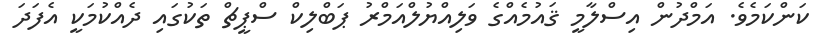
ކަންކަމެވެ. އަމްދުން އިސްލާމީ ޤައުމެއްގެ ވަލިއްޔުލްއަމްރު ޕަބްލިކް ސްޕީޗް ތަކުގައި ދެއްކުމަކީ އެފަދަ